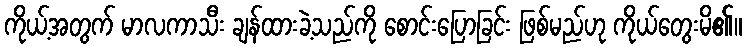
ကိုယ့်အတွက် မာလကာသီး ချန်ထားခဲ့သည်ကို စောင်းပြောခြင်း ဖြစ်မည်ဟု ကိုယ်တွေးမိ၏။